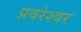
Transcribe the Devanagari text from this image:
प्रवरेश्वर